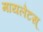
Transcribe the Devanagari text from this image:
मायलेटस्